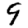
Digit: 9